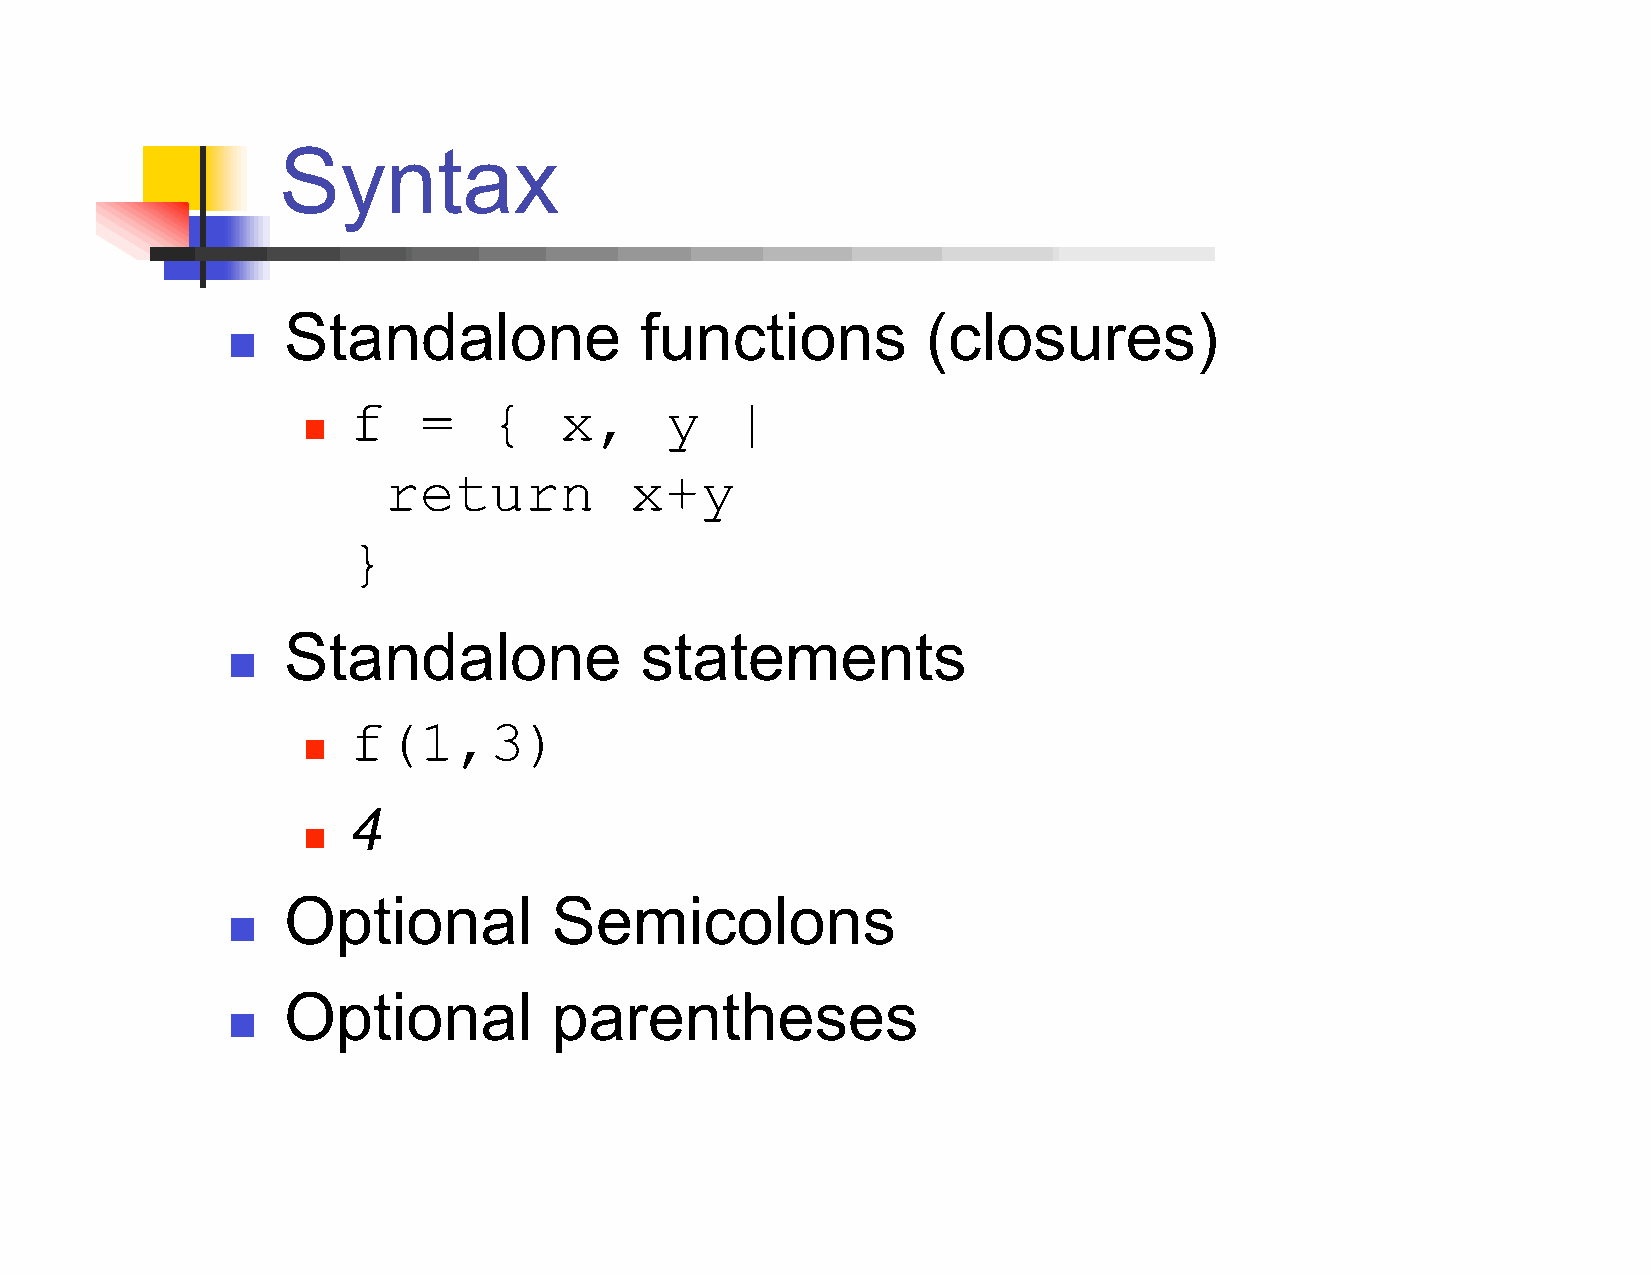
Syntax
 Standalone             functions          (closures)
 
 f    =   {    x,     y    |
 
 return           x+y
 }
 Standalone             statements
 
 f(1,3)
 
 4
 
 Optional         Semicolons
 
 Optional         parentheses
 